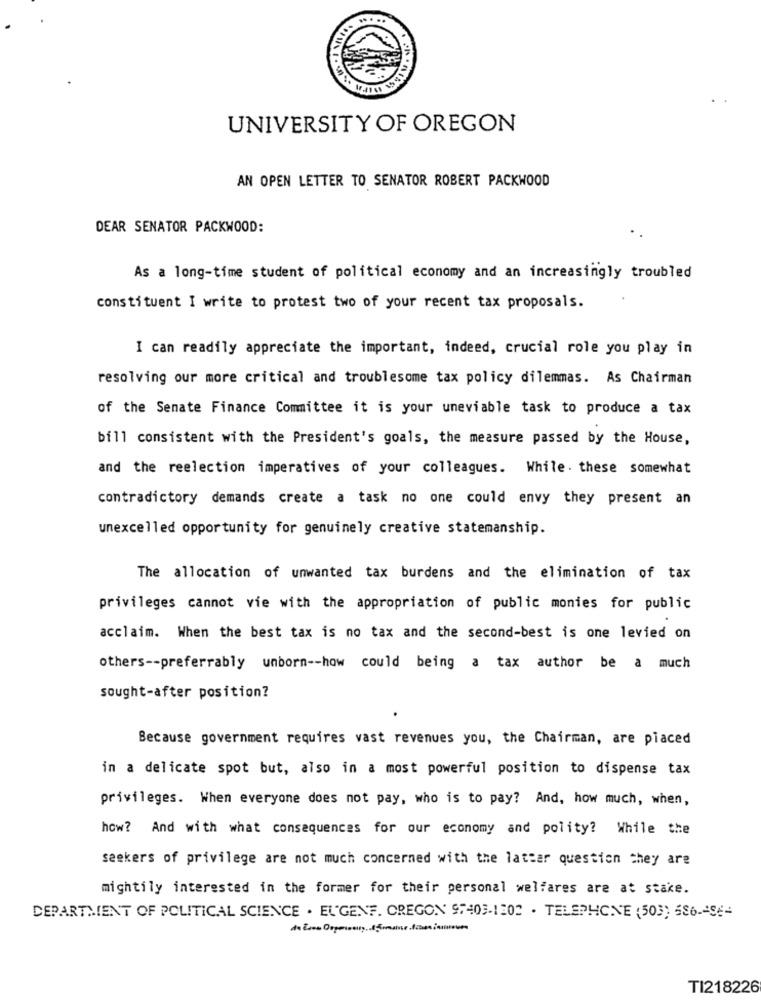
UNIVERSITY OF OREGON
AN OPEN LETTER TO SENATOR ROBERT PACKWOOD
DEAR SENATOR PACKWOOD:
As a long-time student of political economy and an increasingly troubled
constituent I write to protest two of your recent tax proposals.
I can readily appreciate the important, indeed, crucial role you play in
resolving our more critical and troublesome tax policy dilemmas. As Chairman
of the Senate Finance Committee it is your uneviable task to produce a tax
bill consistent with the President's goals, the measure passed by the House,
and the reelection imperatives of your colleagues. While. these somewhat
contradictory demands create a task no one could envy they present an
unexcelled opportunity for genuinely creative statemanship.
The allocation of unwanted tax burdens and the elimination of tax
privileges cannot vie with the appropriation of public monies for public
acclaim. When the best tax is no tax and the second-best is one levied on
others -- preferrably unborn -- how could being a tax author be a much
sought-after position?
Because government requires vast revenues you, the Chairman, are placed
in a delicate spot but, also in a most powerful position to dispense tax
privileges. When everyone does not pay, who is to pay? And, how much, when,
how? And with what consequences for our economy and polity? While the
seekers of privilege are not much concerned with the latter question they are
mightily interested in the former for their personal welfares are at stake.
DEPARTMENT OF POLITICAL SCIENCE . EUGENF. CREGON 97403-1202 . TELEPHONE (503) 686-296-
TI218226